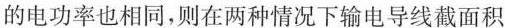
的电功率也相同，则在两种情况下输电导线截面积之比S1﹔S2为( )。